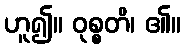
ဟူ၍။ ဝုစ္စတိ၊ ၏။